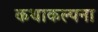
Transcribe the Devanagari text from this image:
कथाकल्पना